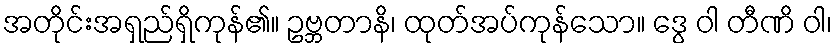
အတိုင်းအရှည်ရှိကုန်၏။ ဥဗ္ဘတာနိ၊ ထုတ်အပ်ကုန်သော။ ဒွေ ဝါ တီဏိ ဝါ၊